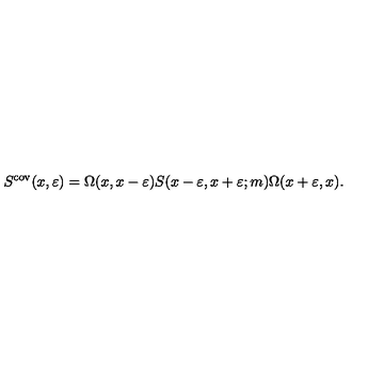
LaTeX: S ^ { \mathrm { c o v } } ( x , \varepsilon ) = \Omega ( x , x - \varepsilon ) S ( x - \varepsilon , x + \varepsilon ; m ) \Omega ( x + \varepsilon , x ) .